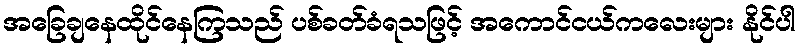
အခြေချနေထိုင်နေကြသည် ပစ်ခတ်ခံရသဖြင့် အကောင်ငယ်ကလေးများ နိုင်ပါ